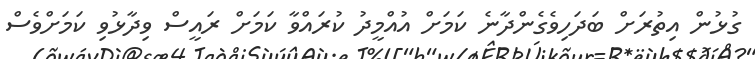
ގުޅުން އިތުރަށް ބަދަހިވެގެންދާނެ ކަމަށް އުއްމީދު ކުރައްވާ ކަމަށް ރައީސް ވިދާޅުވި ކަމަށްވެސް